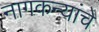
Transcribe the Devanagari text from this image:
नागकन्यांचे